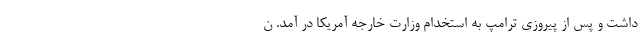
داشت و پس از پیروزی ترامپ به استخدام وزارت خارجه آمریکا در آمد. ن